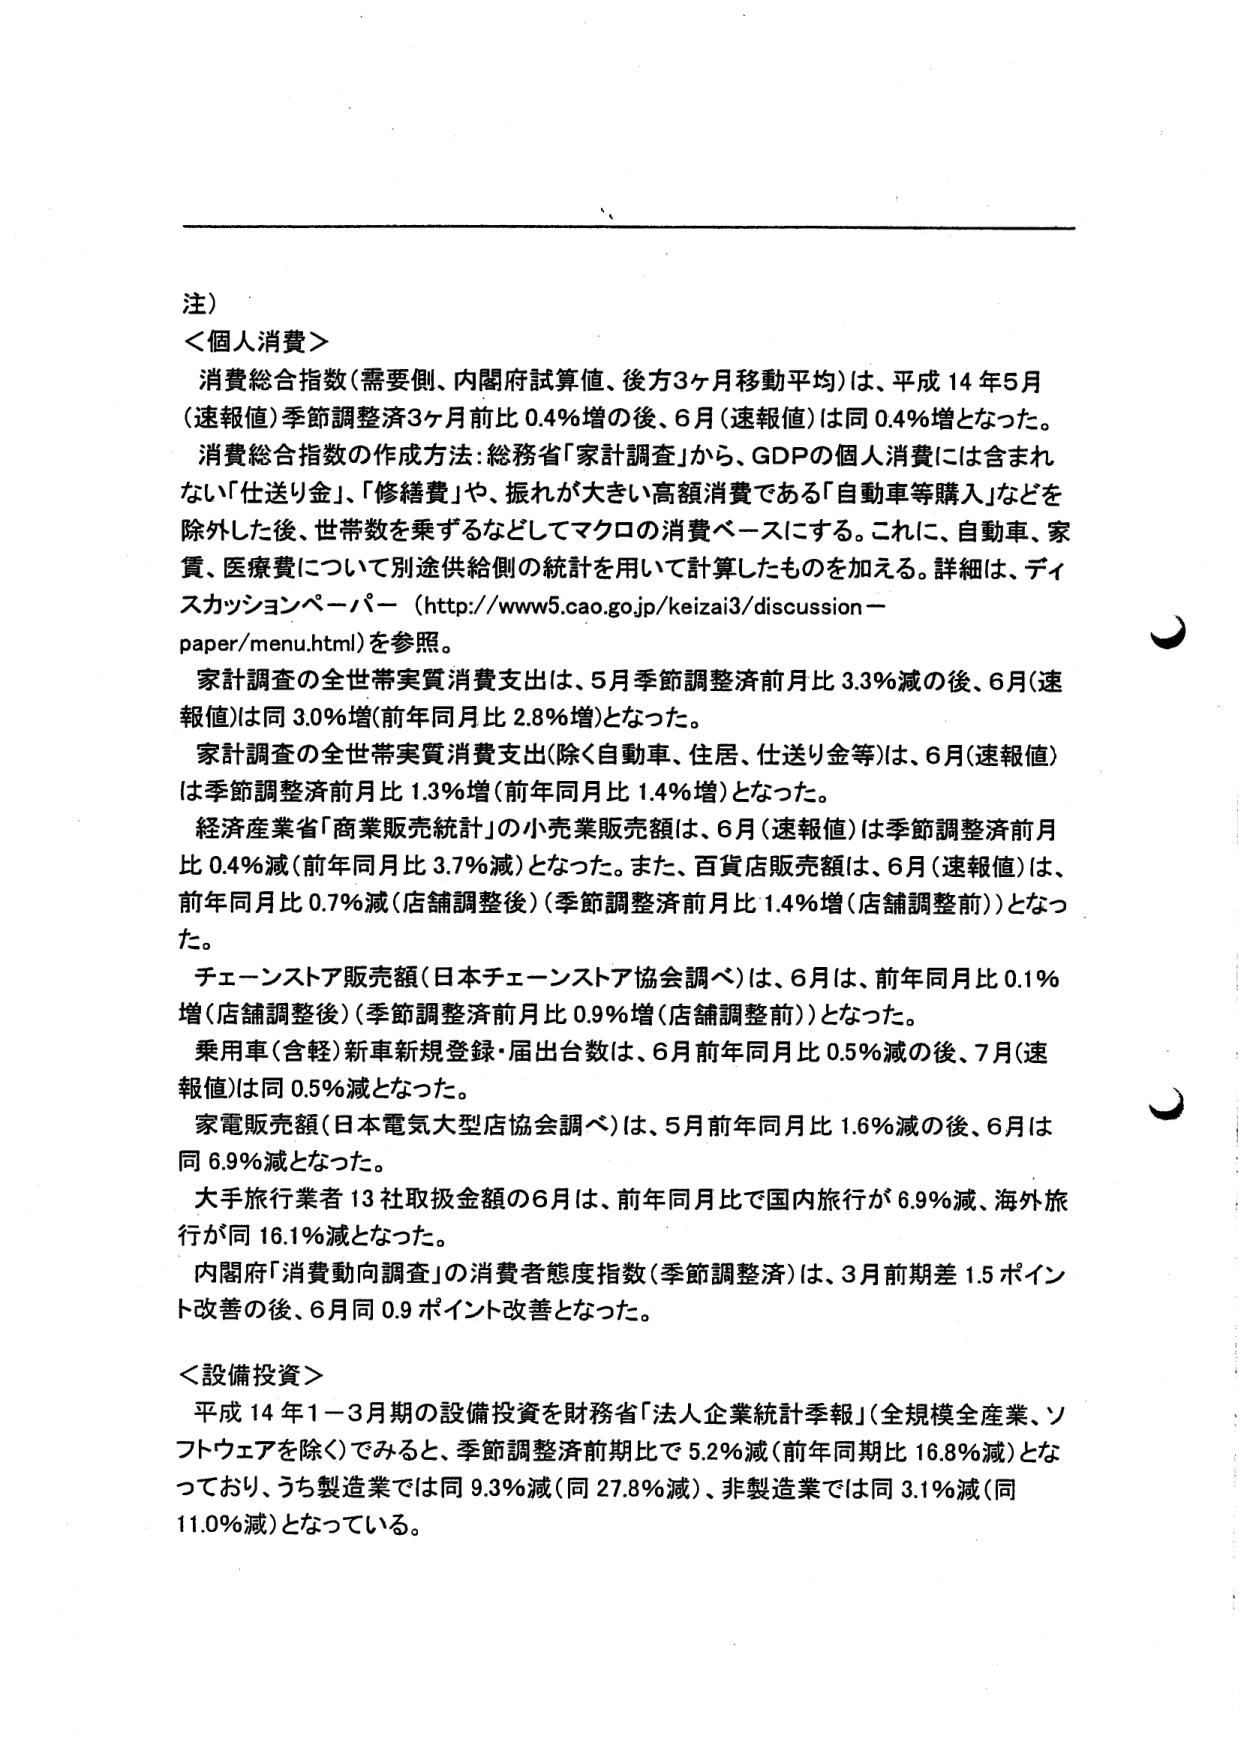
注）

＜個人消費＞
消費総合指数（需要側、内閣府試算値、後方3ヶ月移動平均）は、平成14年5月（速報値）季節調整済3ヶ月前比0.4％増の後、6月（速報値）は同0.4％増となった。
消費総合指数の作成方法：総務省「家計調査」から、GDPの個人消費には含まれない「仕送り金」、「修繕費」や、振れが大きい高額消費である「自動車等購入」などを除外した後、世帯数を乗ずるなどしてマクロの消費ベースにする。これに、自動車、家賃、医療費について別途供給側の統計を用いて計算したものを加える。詳細は、ディスカッションペーパー（http://www5.cao.go.jp/keizai3/discussion-paper/menu.html）を参照。
家計調査の全世帯実質消費支出は、5月季節調整済前月比3.3％減の後、6月（速報値）は同3.0％増（前年同月比2.8％増）となった。
家計調査の全世帯実質消費支出（除く自動車、住居、仕送り金等）は、6月（速報値）は季節調整済前月比1.3％増（前年同月比1.4％増）となった。
経済産業省「商業販売統計」の小売業販売額は、6月（速報値）は季節調整済前月比0.4％減（前年同月比3.7％減）となった。また、百貨店販売額は、6月（速報値）は、前年同月比0.7％減（店舗調整後）（季節調整済前月比1.4％増（店舗調整前））となった。
チェーンストア販売額（日本チェーンストア協会調べ）は、6月は、前年同月比0.1％増（店舗調整後）（季節調整済前月比0.9％増（店舗調整前））となった。
乗用車（含軽）新車新規登録・届出台数は、6月前年同月比0.5％減の後、7月（速報値）は同0.5％減となった。
家電販売額（日本電気大型店協会調べ）は、5月前年同月比1.6％減の後、6月は同6.9％減となった。
大手旅行業者13社取扱金額の6月は、前年同月比で国内旅行が6.9％減、海外旅行が同16.1％減となった。
内閣府「消費動向調査」の消費者態度指数（季節調整済）は、3月前期差1.5ポイント改善の後、6月同0.9ポイント改善となった。

＜設備投資＞
平成14年1－3月期の設備投資を財務省「法人企業統計季報」（全規模全産業、ソフトウェアを除く）でみると、季節調整済前期比で5.2％減（前年同期比16.8％減）となっており、うち製造業では同9.3％減（同27.8％減）、非製造業では同3.1％減（同11.0％減）となっている。